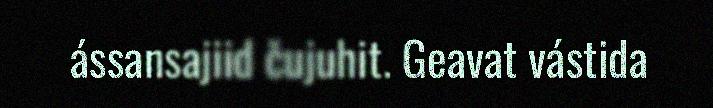
ássansajiid čujuhit. Geavat vástida